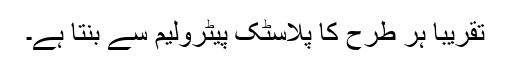
تقریباً ہر طرح کا پلاسٹک پیٹرولیم سے بنتا ہے۔